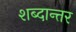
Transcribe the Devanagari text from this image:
शब्दान्तर